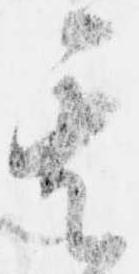
其